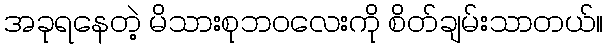
အခုရနေတဲ့ မိသားစုဘဝလေးကို စိတ်ချမ်းသာတယ်။